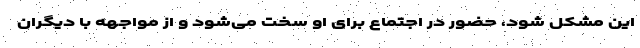
این مشکل شود، حضور در اجتماع برای او سخت می‌شود و از مواجهه با دیگران